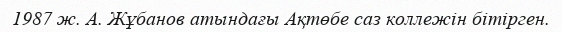
1987 ж. А. Жұбанов атындағы Ақтөбе саз коллежін бітірген.